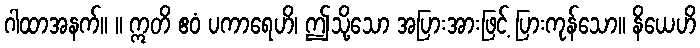
ဂါထာအနက်။ ။ ဣတိ ဧဝံ ပကာရေဟိ၊ ဤသို့သော အပြားအားဖြင့် ပြားကုန်သော။ နိယေဟိ